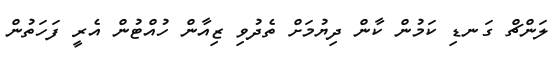
ލަންޗް ގަނޑި ކަމުން ކާން ދިޔުމަށް ތެދުވި ޒިއާން ހުއްޓުން އެރީ ފަހަތުން